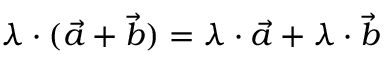
\lambda \cdot ( { \vec { a } } + { \vec { b } } ) = \lambda \cdot { \vec { a } } + \lambda \cdot { \vec { b } }